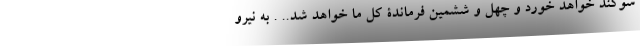
سوگند خواهد خورد و چهل و ششمین فرماندۀ کل ما خواهد شد.. . به نیرو